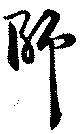
師